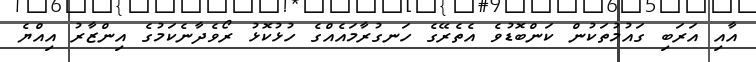
އާއި އަރަބި ގައުމުތަކުން ކަންބޮޑުވެ އެތެރޭގެ ހަނގުރާމައެއްގެ ހުޅުކޮޅު ރޯވެދާނެކަމުގެ އިންޒާރު އިއްޔެ